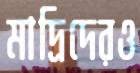
মাদ্রিদেরও